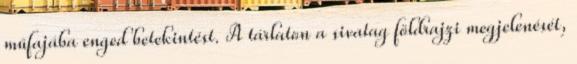
műfajába enged betekintést. A tárlaton a sivatag földrajzi megjelenését,